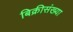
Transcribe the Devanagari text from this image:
बिक्रीसंख्या